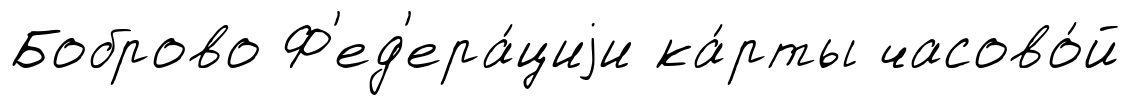
Боброво Ф'ед'ера́циjи ка́рты часово́й